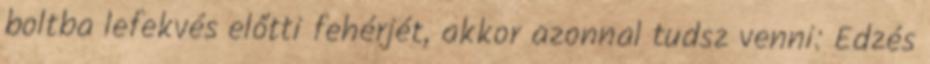
boltba lefekvés előtti fehérjét, akkor azonnal tudsz venni: Edzés